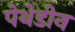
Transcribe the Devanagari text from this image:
पेथेडीन